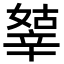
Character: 𨐞